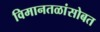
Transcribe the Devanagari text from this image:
विमानतळांसोबत